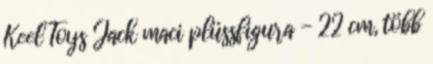
Keel Toys Jack maci plüssfigura - 22 cm, több